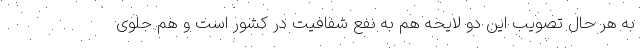
به هر حال تصویب این دو لایحه هم به نفع شفافیت در کشور است و هم جلوی